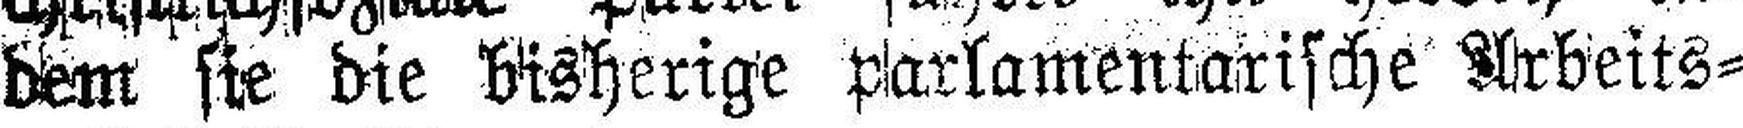
dem sie die bisherige parlamentarische Arbeits¬